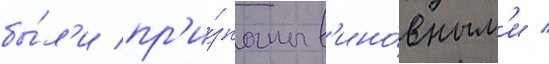
бы́л'и пр'и́знаны в'ино́вным'и /